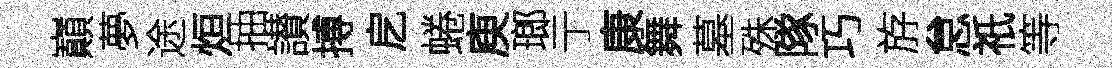
巔夢途烜抽讃搏戹蜷庾瑯亍康舞墓殊隊巧斿怠祇等